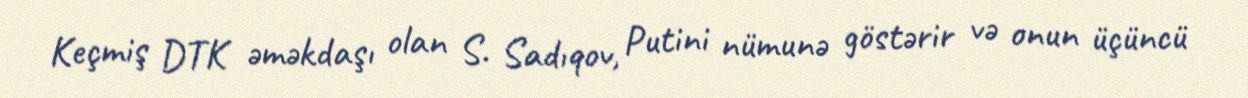
Keçmiş DTK əməkdaşı olan S. Sadıqov, Putini nümunə göstərir və onun üçüncü